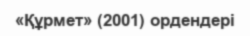
«Құрмет» (2001) ордендері